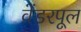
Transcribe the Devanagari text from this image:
वेंडरपूल